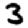
Digit: 3